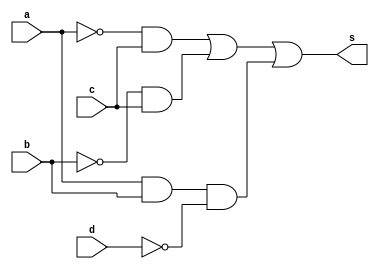

// ---------------------
// Exercicio 01 - Circuito 01
// Nome: Jssica Daniela
// ---------------------


module exercicio01 (s,a,b,c,d);
input a,b,c,d;
output s;
wire q1,q2,q3,q4,q5,q6;
not NOT1 (q1,a);
not NOT2 (q2,b);
not NOT3 (q3,d);
and AND1 (q4,q1,c);
and AND2 (q5,q2,c);
and AND3 (q6,a,b,q3);
or OR1 (s,q4,q5,q6);
endmodule //exercicio01

module testeexercicio01;
reg a,b,c,d;
wire s;
exercicio01 EX1 (s,a,b,c,d);
initial begin: start
a=0; b=0; c=0; d=0;
end
initial begin: main
$display("Jessica Daniela - 407450");
$display("Exercicio 01");
$display("\n | a | b | c | d | = | s |\n");
$monitor(" | %b | %b | %b | %b | = | %b |",a,b,c,d,s);
#1 a=0; b=0; c=0; d=1;
#1 a=0; b=0; c=1; d=0;
#1 a=0; b=0; c=1; d=1;
#1 a=0; b=1; c=0; d=0;
#1 a=0; b=1; c=0; d=1;
#1 a=0; b=1; c=1; d=0;
#1 a=0; b=1; c=1; d=1;
#1 a=1; b=0; c=0; d=0;
#1 a=1; b=0; c=0; d=1;
#1 a=1; b=0; c=1; d=0;
#1 a=1; b=0; c=1; d=1;
#1 a=1; b=1; c=0; d=0;
#1 a=1; b=1; c=0; d=1;
#1 a=1; b=1; c=1; d=0;
#1 a=1; b=1; c=1; d=1;
end
endmodule //testeexercicio01